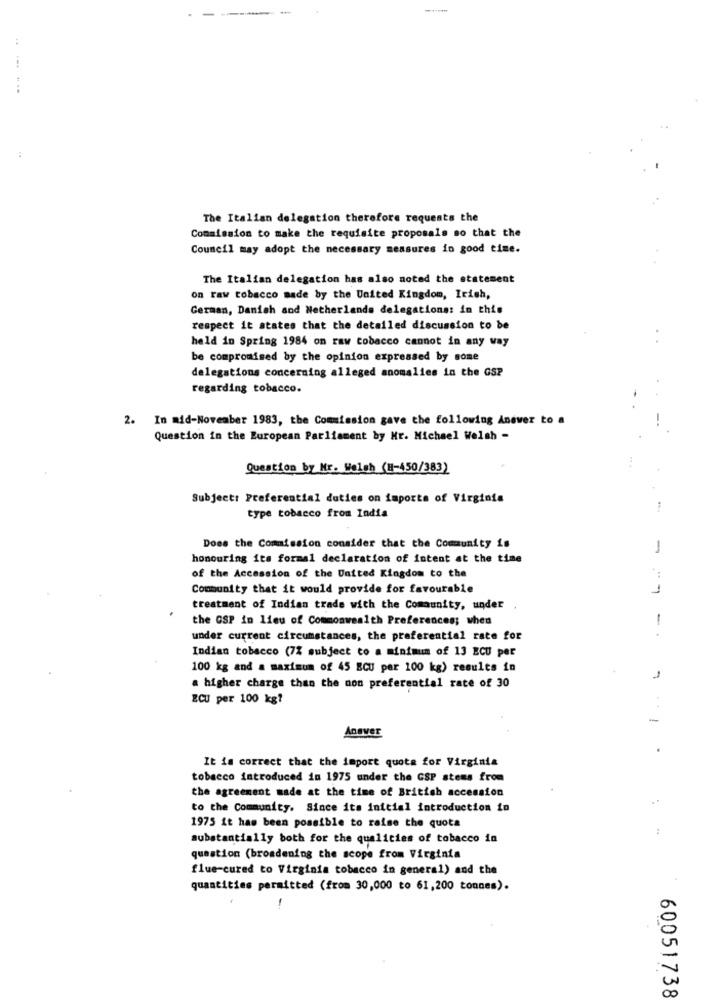
The Italian delegation therefore requests the
Commission to make the requisite proposals so that the
Council may adopt the necessary measures in good time.
The Italian delegation has also noted the statement
on raw tobacco made by the United Kingdom, Irish,
German, Danish and Netherlands delegations: in this
respect it states that the detailed discussion to be
held in Spring 1984 on raw tobacco cannot in any way
be compromised by the opinion expressed by some
delegations concerning alleged anomalies in the GSP
regarding tobacco.
2. In mid-November 1983, the Commission gave the following Answer to a
Question in the European Parliament by Mr. Michael Welsh -
Question by Mr. Welsh (H-450/383)
Subject: Preferential duties on imports of Virginia
type tobacco from India
Does the Commission consider that the Community is
-
honouring its formal declaration of intent at the time
of the Accession of the United Kingdom to the
:
Community that it would provide for favourable
1
treatment of Indian trade with the Community, under
the GSP in lieu of Commonwealth Preferences; when
-
under current circumstances, the preferential rate for
Indian tobacco (7% subject to a minimum of 13 ECU per
100 kg and a maximum of 45 ECU per 100 kg) results in
1
a higher charge than the non preferential rate of 30
ECU per 100 kg?
Anaver
.
It is correct that the import quote for Virginia
tobacco introduced in 1975 under the GSP stems from
the agreement made at the time of British accession
to the Community. Since its initial introduction in
1975 it has been possible to raise the quota
substantially both for the qualities of tobacco in
question (broadening the scope from Virginia
flue-cured to Virginia tobacco in general) and the
quantities permitted (from 30,000 to 61,200 tonnes).
-
60051738